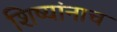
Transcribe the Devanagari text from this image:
शिष्यांनाच